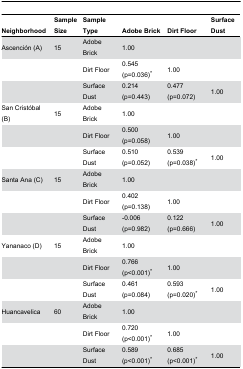
<table><thead><tr><td><b>Neighborhood</b></td><td><b>Sample Size</b></td><td><b>Sample Type</b></td><td><b>Adobe Brick</b></td><td><b>Dirt Floor</b></td><td><b>Surface Dust</b></td></tr></thead><tbody><tr><td>Ascención (A)</td><td>15</td><td>Adobe Brick</td><td>1.00</td><td></td><td></td></tr><tr><td></td><td></td><td>Dirt Floor</td><td>0.545 (p=0.036)*</td><td>1.00</td><td></td></tr><tr><td></td><td></td><td>Surface Dust</td><td>0.214 (p=0.443)</td><td>0.477 (p=0.072)</td><td>1.00</td></tr><tr><td>San Cristóbal (B)</td><td>15</td><td>Adobe Brick</td><td>1.00</td><td></td><td></td></tr><tr><td></td><td></td><td>Dirt Floor</td><td>0.500 (p=0.058)</td><td>1.00</td><td></td></tr><tr><td></td><td></td><td>Surface Dust</td><td>0.510 (p=0.052)</td><td>0.539 (p=0.038)*</td><td>1.00</td></tr><tr><td>Santa Ana (C)</td><td>15</td><td>Adobe Brick</td><td>1.00</td><td></td><td></td></tr><tr><td></td><td></td><td>Dirt Floor</td><td>0.402 (p=0.138)</td><td>1.00</td><td></td></tr><tr><td></td><td></td><td>Surface Dust</td><td>-0.006 (p=0.982)</td><td>0.122 (p=0.666)</td><td>1.00</td></tr><tr><td>Yananaco (D)</td><td>15</td><td>Adobe Brick</td><td>1.00</td><td></td><td></td></tr><tr><td></td><td></td><td>Dirt Floor</td><td>0.766 (p&lt;0.001)*</td><td>1.00</td><td></td></tr><tr><td></td><td></td><td>Surface Dust</td><td>0.461 (p=0.084)</td><td>0.593 (p=0.020)*</td><td>1.00</td></tr><tr><td>Huancavelica</td><td>60</td><td>Adobe Brick</td><td>1.00</td><td></td><td></td></tr><tr><td></td><td></td><td>Dirt Floor</td><td>0.720 (p&lt;0.001)*</td><td>1.00</td><td></td></tr><tr><td></td><td></td><td>Surface Dust</td><td>0.589 (p&lt;0.001)*</td><td>0.685 (p&lt;0.001)*</td><td>1.00</td></tr></tbody></table>